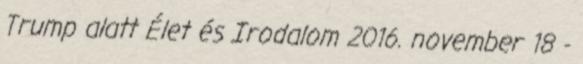
Trump alatt Élet és Irodalom 2016. november 18 -